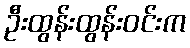
ဦးထွန်းထွန်းဝင်းက